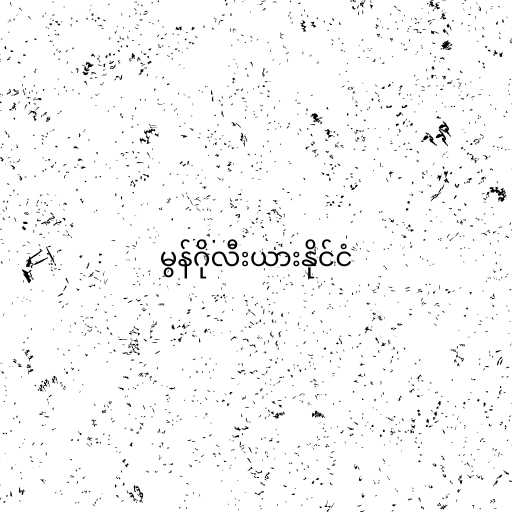
မွန်ဂိုလီးယားနိုင်ငံ